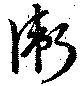
衞